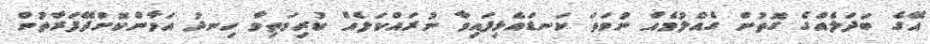
އޭގެ ބަދަލެއްގެ ގޮތުން ގެއްލުމެއް ނުވަތަ ކަނޑައެޅިފައިވާ ނުރައްކަލެއް ކުރިމަތިވާ ހިނދު އަމާންކޮށްދޭފަރާތުން